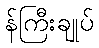
န်ကြီးချုပ်